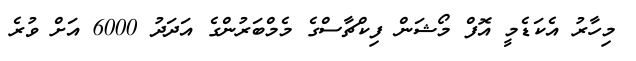
މިހާރު އެކަޑެމީ އޮފް މޯޝަން ފިކްޗާސްގެ މެމްބަރުންގެ އަދަދު 6000 އަށް ވުރެ